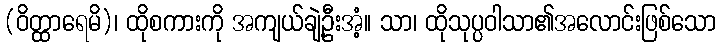
(ဝိတ္ထာရေမိ)၊ ထိုစကားကို အကျယ်ချဲ့ဦးအံ့။ သာ၊ ထိုသုပ္ပဝါသာ၏အလောင်းဖြစ်သော